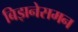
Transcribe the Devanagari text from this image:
बिझनेसमन